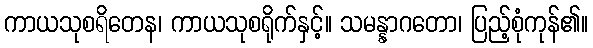
ကာယသုစရိတေန၊ ကာယသုစရိုက်နှင့်။ သမန္နာဂတော၊ ပြည့်စုံကုန်၏။